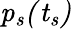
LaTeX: \mathit{p_{s}(t_{s})}